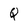
Character: Q